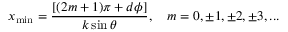
x _ { \mathrm { m i n } } = \frac { [ ( 2 m + 1 ) \pi + d \phi ] } { k \sin \theta } , ~ ~ ~ m = 0 , \pm 1 , \pm 2 , \pm 3 , . . .